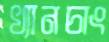
খ্যানচাং